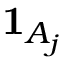
{ \mathbf { 1 } } _ { A _ { j } }